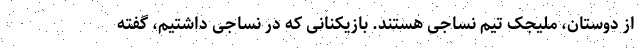
از دوستان، ملیجک تیم نساجی هستند. بازیکنانی که در نساجی داشتیم، گفته